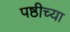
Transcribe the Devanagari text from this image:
पष्ठीच्या